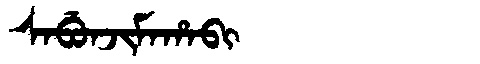
Manchu: ᠰᠠᠪᡠᠨᠵᡳᠮᠠᡥᠠᠪᡳ
Romanization: SABUNJIMAHABI